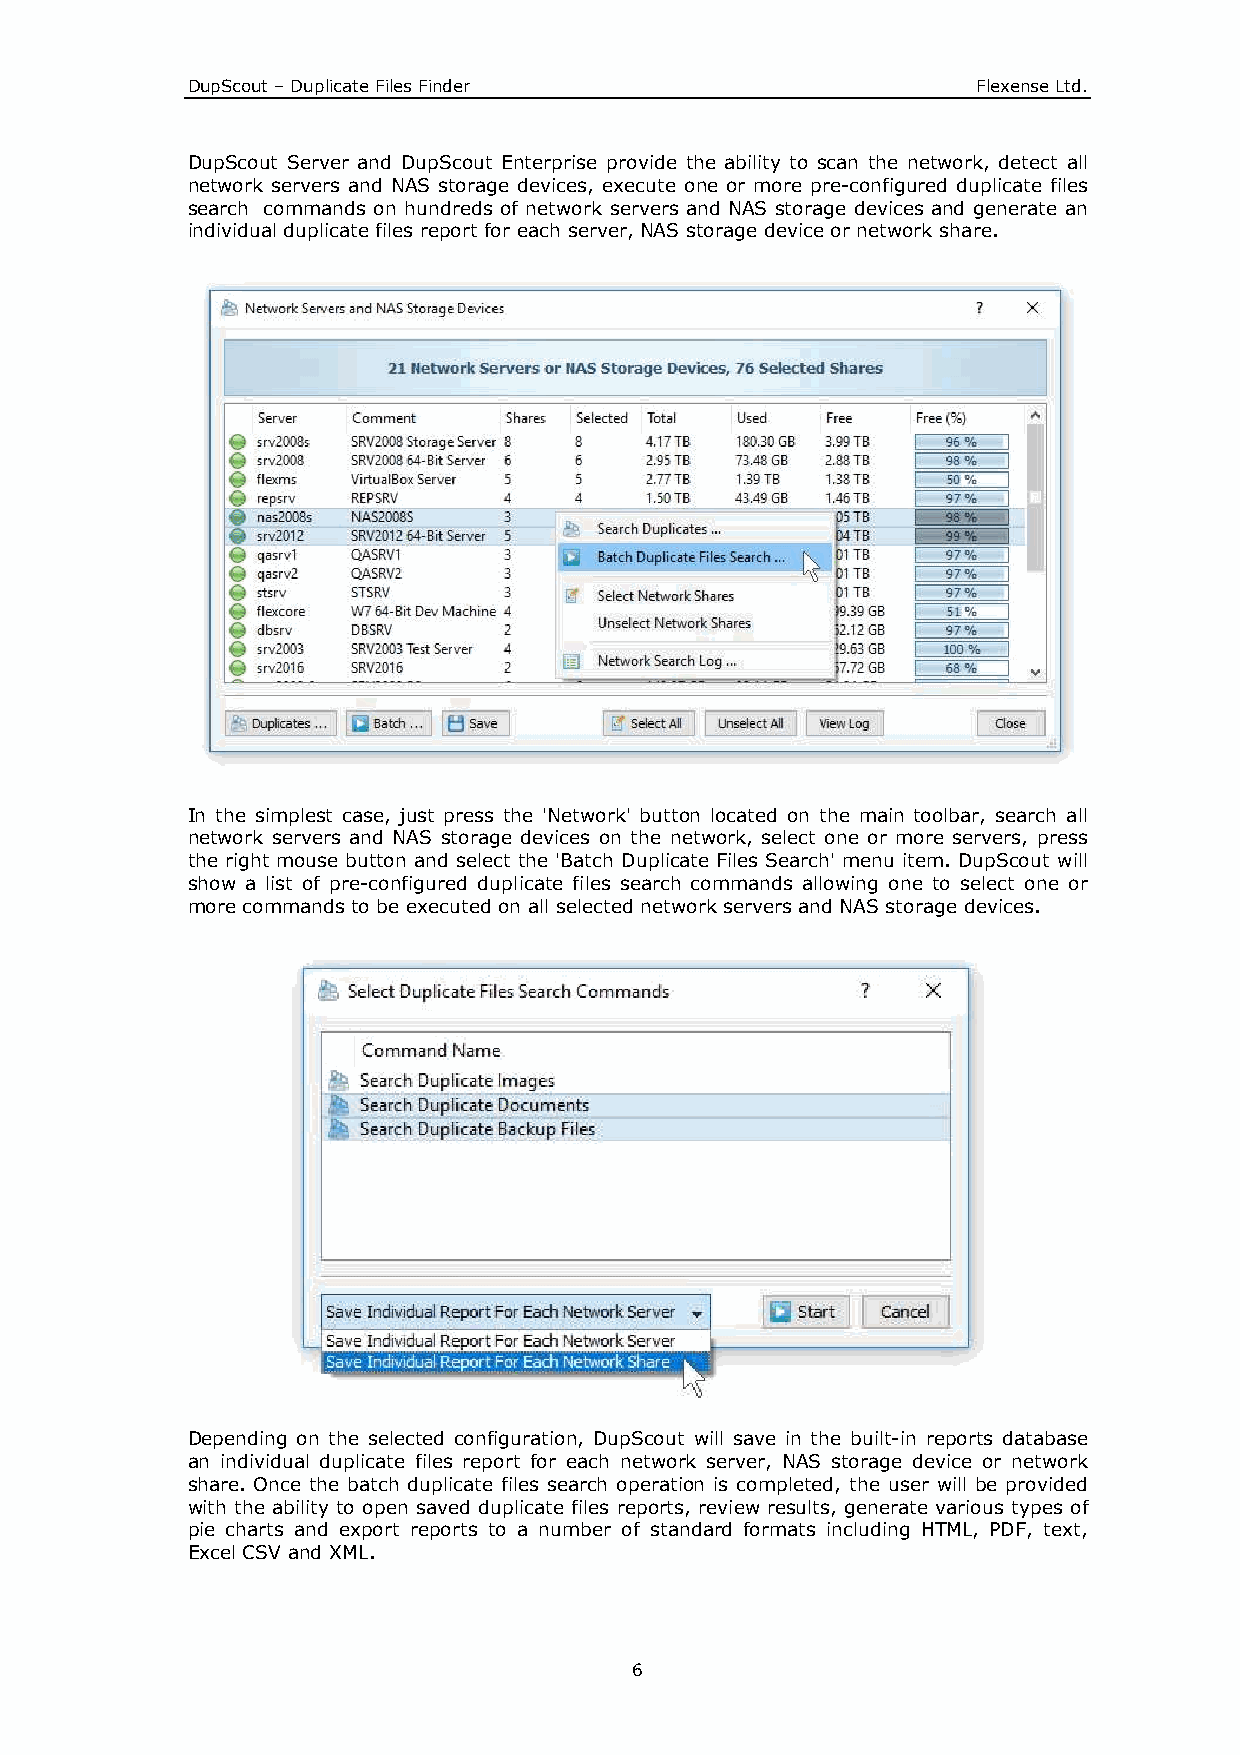
DupScout – Duplicate Files Finder                    Flexense Ltd.
 DupScout Server and DupScout Enterprise provide the ability to scan the network, detect all
 network servers and NAS storage devices, execute one or more pre-configured duplicate files
 search commands on hundreds of network servers and NAS storage devices and generate an
 individual duplicate files report for each server, NAS storage device or network share.
 In the simplest case, just press the 'Network' button located on the main toolbar, search all
 network servers and NAS storage devices on the network, select one or more servers, press
 the right mouse button and select the 'Batch Duplicate Files Search' menu item. DupScout will
 show a list of pre-configured duplicate files search commands allowing one to select one or
 more commands to be executed on all selected network servers and NAS storage devices.
 Depending on the selected configuration, DupScout will save in the built-in reports database
 an individual duplicate files report for each network server, NAS storage device or network
 share. Once the batch duplicate files search operation is completed, the user will be provided
 with the ability to open saved duplicate files reports, review results, generate various types of
 pie charts and export reports to a number of standard formats including HTML, PDF, text,
 Excel CSV and XML.
 6